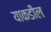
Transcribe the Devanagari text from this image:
याकडील